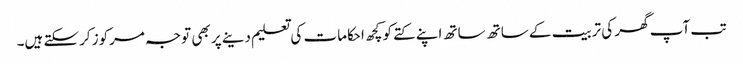
تب آپ گھر کی تربیت کے ساتھ ساتھ اپنے کتے کو کچھ احکامات کی تعلیم دینے پر بھی توجہ مرکوز کرسکتے ہیں۔